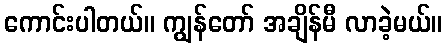
ကောင်းပါတယ်။ ကျွန်တော် အချိန်မီ လာခဲ့မယ်။